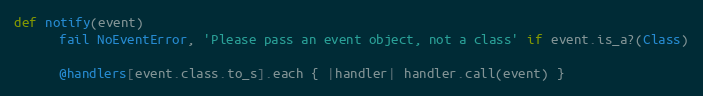
Language: Ruby
def notify(event)
      fail NoEventError, 'Please pass an event object, not a class' if event.is_a?(Class)

      @handlers[event.class.to_s].each { |handler| handler.call(event) }